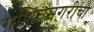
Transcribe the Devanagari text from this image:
गणितनगरीचा